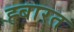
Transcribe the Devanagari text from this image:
ह्बारत